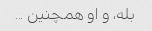
بله، و او همچنین ...